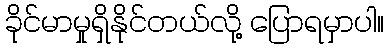
ခိုင်မာမှုရှိနိုင်တယ်လို့ ပြောရမှာပါ။